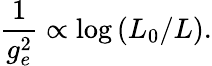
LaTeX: {\frac{1}{g_{e}^{2}}}\propto\log{(L_{0}/L)}.